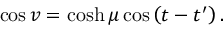
\cos v = \cosh \mu \cos \left( t - t ^ { \prime } \right) .